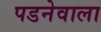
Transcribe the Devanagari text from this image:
पडनेवाला